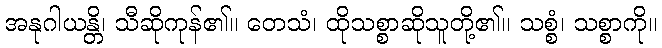
အနုဂါယန္တိ၊ သီဆိုကုန်၏။ တေသံ၊ ထိုသစ္စာဆိုသူတို့၏။ သစ္စံ၊ သစ္စာကို။